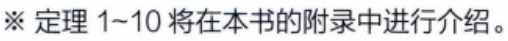
※ 定理 1--10 将在本书的附录中进行介绍。